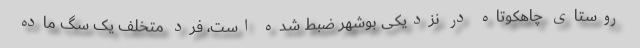
روستای چاهکوتاه در نزدیکی بوشهر ضبط شده است، فرد متخلف یک سگ ماده